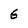
Character: 6